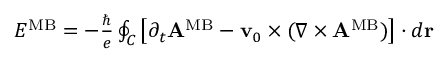
\begin{array} { r } { { \cal E } ^ { \mathrm { M B } } = - { \frac { \hbar } { e } } \oint _ { C } \left[ \partial _ { t } { \bf A } ^ { \mathrm { M B } } - { \bf v } _ { 0 } \times ( \nabla \times { \bf A } ^ { \mathrm { M B } } ) \right] \cdot d { \bf r } } \end{array}